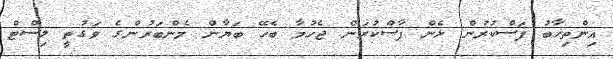
އިންތިޚާބު ފަސްކުރުން ޅެން ފާސްކުރަން ޖެހުމާ ބެހޭ ބަޔާން މެންބަރުންގެ ވަގުތީ ލިސްޓް